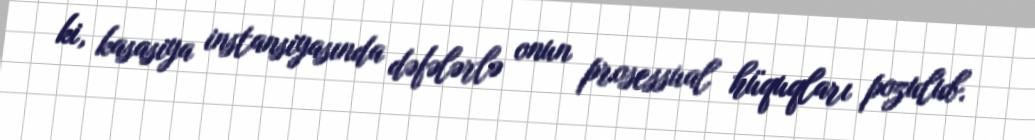
ki, kasasiya instansiyasında dəfələrlə onun prosessual hüquqları pozulub.